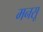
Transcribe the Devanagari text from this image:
मनसू